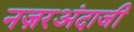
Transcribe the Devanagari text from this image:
नज़रअंदाजी